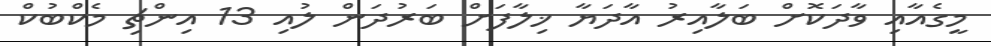
މީގެއާއި ވާދަކޮށް ބަލާއިރު އާދަޔާ ޚިލާފަށް ބަރުދަން ލުއި 13 އިންޗި މެކްބުކް